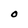
Character: O